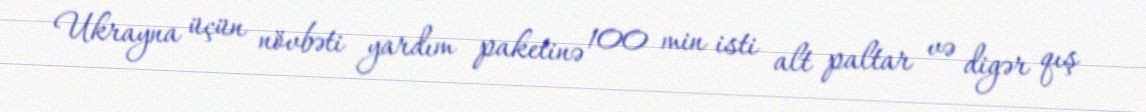
Ukrayna üçün növbəti yardım paketinə 100 min isti alt paltar və digər qış